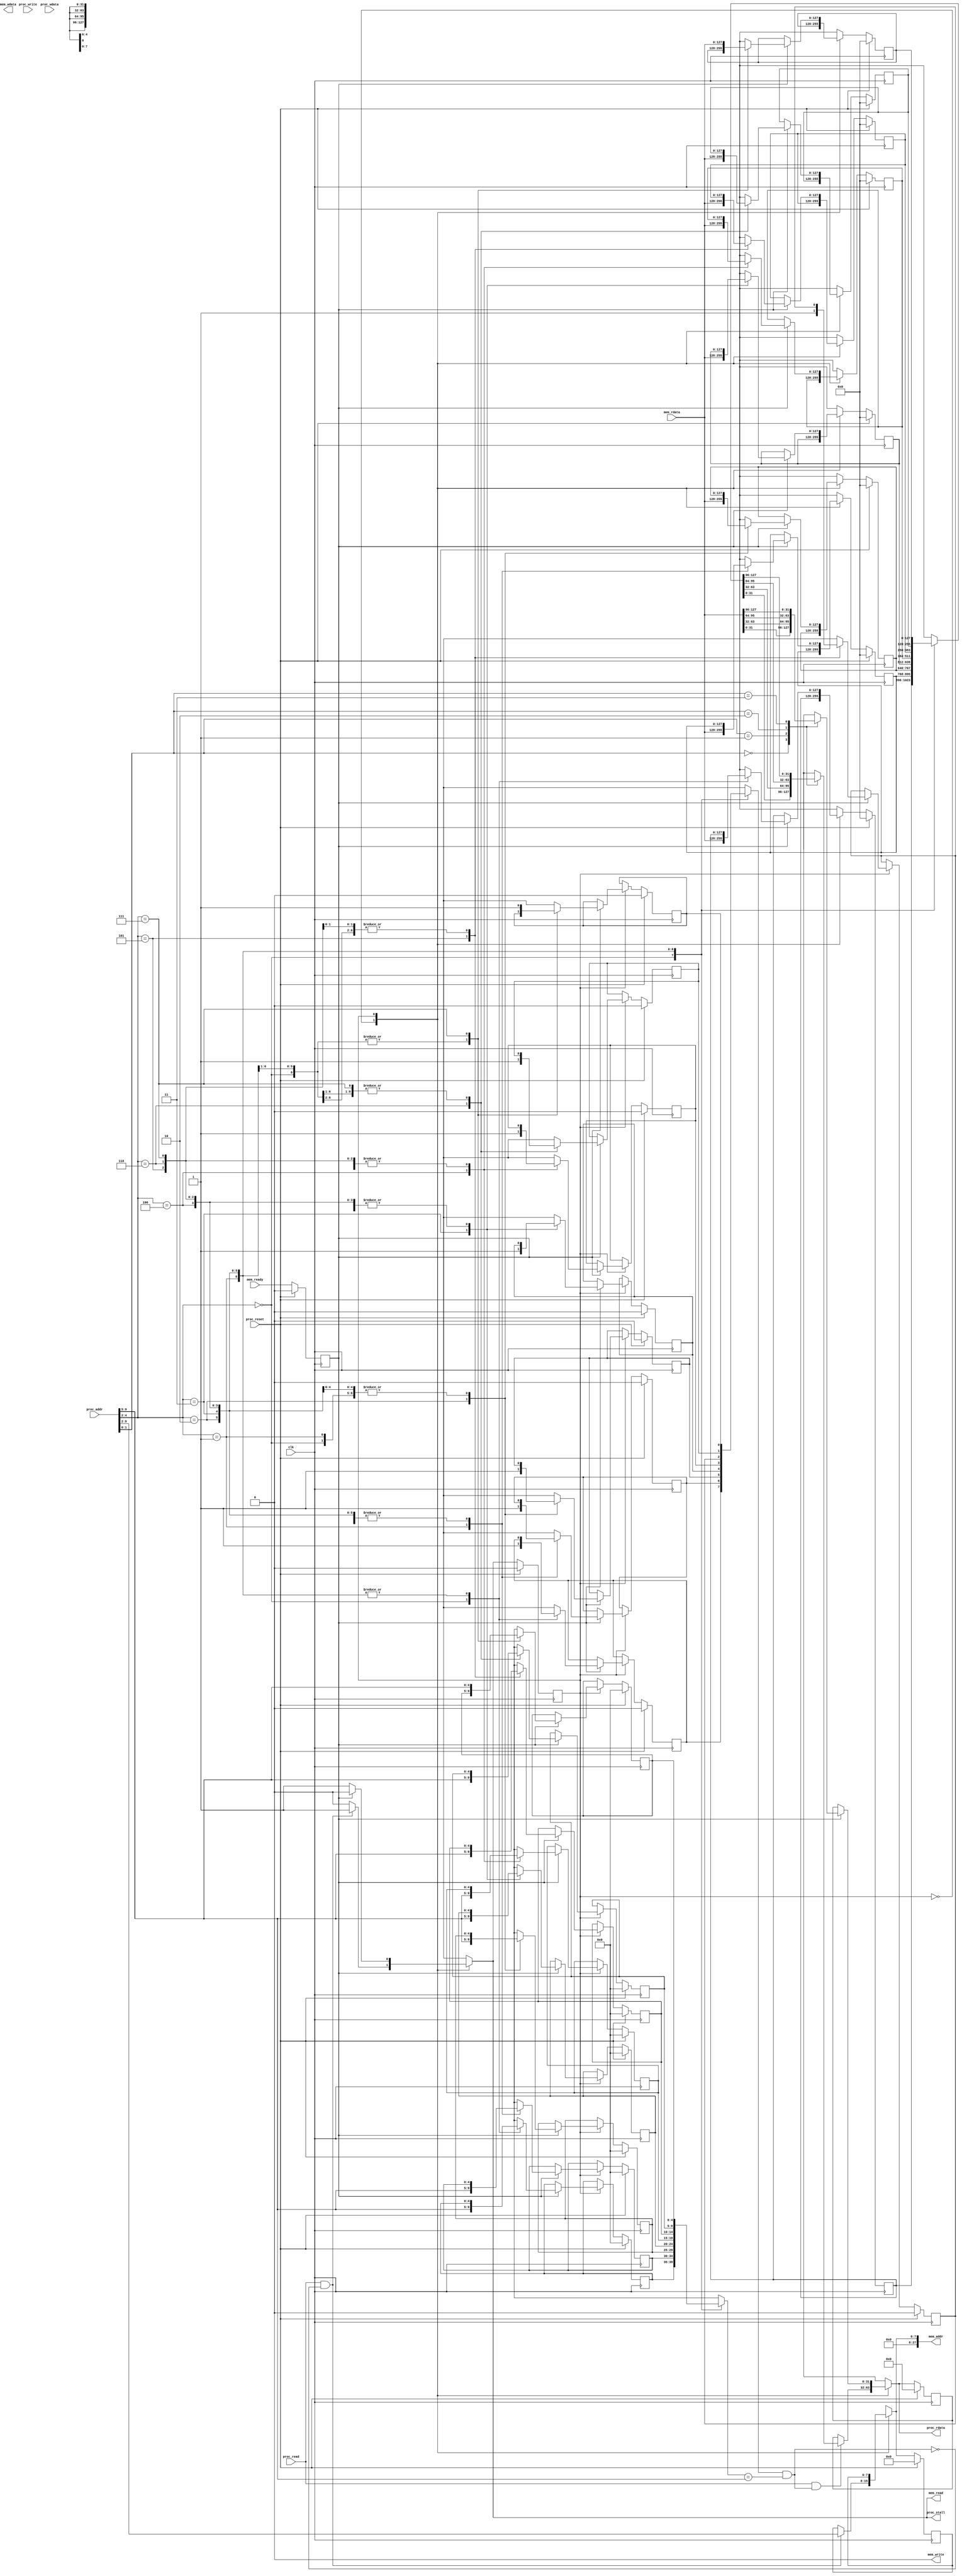
module Icache(
    clk,
    proc_reset,
    proc_read,
    proc_write,
    proc_addr,
    proc_rdata,
    proc_wdata,
    proc_stall,
    mem_read,
    mem_write,
    mem_addr,
    mem_rdata,
    mem_wdata,
    mem_ready
);
    
//==== input/output definition ============================
    input          clk;
    // processor interface
    input          proc_reset;
    input          proc_read, proc_write;
    input   [29:0] proc_addr;
    input   [31:0] proc_wdata;
    output         proc_stall;
    output  [31:0] proc_rdata;
    // memory interface
    input  [127:0] mem_rdata;
    input          mem_ready;
    output         mem_read, mem_write;
    output  [27:0] mem_addr;
    output [127:0] mem_wdata;
    
//==== paramterers ================================
    parameter blockSize     = 4 * 32;
    parameter tagSize       = 5;
    parameter validSize     = 1;
    parameter set           = 8;
    parameter way           = 1;

    parameter S_IDLE        = 1'b0;
    parameter S_ALLOCATE    = 1'b1;

//==== wire/reg definition ================================
    
    reg state_r, state_w;
    
    reg [blockSize * way - 1 : 0] store_r [0 : set - 1];
    reg [blockSize * way - 1 : 0] store_w [0 : set - 1];

    reg valid_r [0 : set - 1];
    reg valid_w [0 : set - 1];

    reg [tagSize * way - 1 : 0]  tag_r [0 : set - 1];
    reg [tagSize * way - 1 : 0]  tag_w [0 : set - 1];

    reg         mem_read_r, mem_read_w;
    reg [7:0]  mem_addr_r, mem_addr_w;
    
    reg [31:0]  proc_rdata_r, proc_rdata_w;
    reg         proc_stall_r, proc_stall_w; 

    integer i;

    // ===== wires =====
    reg [tagSize-1:0]  tag_field;
    reg [2:0]   block_id;
    reg [1:0]   block_offset;
    reg         hit;   

    // ===== input buffers ======
    reg mem_ready_buf;

    assign mem_read     = mem_read_w;
    assign mem_write    = 1'b0;
    assign mem_addr     = {20'd0, mem_addr_w};

    assign proc_stall   = proc_stall_w;
    assign proc_rdata   = proc_rdata_w;   


//==== combinational circuit ==============================
always @(*) begin
    tag_field       = proc_addr[9-:tagSize];
    block_id        = proc_addr[9-tagSize:2];
    block_offset    = proc_addr[1:0];
    hit             = valid_r[block_id] & (tag_r[block_id] == tag_field);
    
    proc_rdata_w    = proc_rdata_r;
    for(i = 0; i < set; i = i + 1) begin
        store_w[i] = store_r[i];
    end
        
    case (state_r)
        S_IDLE: begin
            if(proc_read & hit) begin
                    case(block_offset)
                        2'd0 : proc_rdata_w = store_r[block_id][31 -: 32];
                        2'd1 : proc_rdata_w = store_r[block_id][63 -: 32];
                        2'd2 : proc_rdata_w = store_r[block_id][95 -: 32];
                        2'd3 : proc_rdata_w = store_r[block_id][127 -: 32];
                        default : proc_rdata_w    = proc_rdata_r;
                    endcase
            end
        end
        S_ALLOCATE: begin
            if(mem_ready_buf) begin
                    store_w[block_id]   = mem_rdata;
                    case(block_offset)
                        2'd0 : proc_rdata_w        = mem_rdata[31:0];
                        2'd1 : proc_rdata_w        = mem_rdata[63:32];
                        2'd2 : proc_rdata_w        = mem_rdata[95:64];
                        2'd3 : proc_rdata_w        = mem_rdata[127:96];
                    default : proc_rdata_w    = proc_rdata_r;
                    endcase
            end
        end
    endcase
end
// ========== valid bit ============ //
always @(*) begin
    for(i = 0; i < set; i = i + 1) begin
        valid_w[i] = valid_r[i];
        tag_w[i] = tag_r[i];
    end
    case (state_r)
        S_ALLOCATE: begin
            if(mem_ready_buf) begin
                    valid_w[block_id]   = 1'b1;
                    tag_w[block_id] = tag_field;  
            end
        end
    endcase
end
// ========== memory logic ============ //
always @(*) begin
    mem_read_w          = mem_read_r;
    mem_addr_w          = mem_addr_r;    
    case (state_r)
        S_IDLE: begin
            if((proc_read) && !hit) begin
                    mem_read_w          = 1'b1;
                    mem_addr_w          = proc_addr[9:2];    
            end
            else begin
                mem_read_w          = 1'b0;
                mem_addr_w          = mem_addr_r;
            end
        end
        S_ALLOCATE: begin
            if(mem_ready_buf) begin
                mem_read_w          = 1'b0;
                mem_addr_w          = mem_addr_r;
            end
            else begin
                mem_read_w          = 1'b1;
                mem_addr_w          = mem_addr_r;
            end
        end
    endcase
end
// =========== state logic ============= //
always @(*) begin
    state_w = state_r;
    case (state_r)
        S_IDLE: begin
            if(proc_read && (!hit)) begin               // block clean -> allocate memory
                state_w             = S_ALLOCATE;
            end
            else begin
                state_w     = S_IDLE;  
            end
        end
        S_ALLOCATE: begin
            if(mem_ready_buf)
                state_w     = S_IDLE;
            else
                state_w     = S_ALLOCATE;
        end
    endcase
end
// ========= pcocessor stall logic ========= //
always @(*) begin
    proc_stall_w = proc_stall_r;
    case (state_r)
        S_IDLE: begin
            if(proc_read&&(!hit)) begin
                proc_stall_w    = 1'b1;
            end
            else begin
                proc_stall_w    = 1'b0;
            end
        end
        S_ALLOCATE: begin
            if(mem_ready_buf)
                proc_stall_w    = 1'b0;
            else
                proc_stall_w    = 1'b1;
        end
    endcase
end

//==== sequential circuit =================================
always@( posedge clk ) begin
    if( proc_reset ) begin
        for(i = 0; i < set; i = i + 1) begin
            store_r[i]  <= {way{128'd0}};
            tag_r[i]    <= {way{5'd0}};
            valid_r[i]  <= {way{1'b0}};
        end
        state_r         <= S_IDLE;
        mem_read_r      <= 1'b0;
        mem_addr_r      <= 8'd0;
        proc_rdata_r    <= 32'd0;
        proc_stall_r    <= 1'b0;
        mem_ready_buf   <= 1'b0;
    end
    else begin
        for(i = 0; i < set; i = i + 1) begin
            store_r[i]  <= store_w[i];
            tag_r[i]    <= tag_w[i];
            valid_r[i]  <= valid_w[i];
        end
        state_r         <= state_w;
        mem_read_r      <= mem_read_w;
        mem_addr_r      <= mem_addr_w;
        proc_rdata_r    <= proc_rdata_w;
        proc_stall_r    <= proc_stall_w;
        mem_ready_buf   <= mem_ready;
    end
end

endmodule